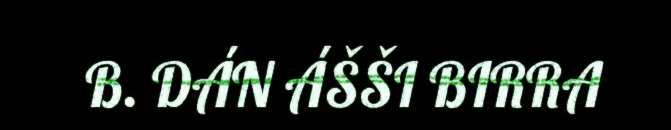
B. DÁN ÁŠŠI BIRRA